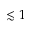
\lesssim 1